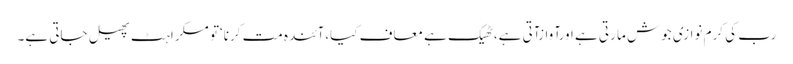
رب کی کرم نوازی جوش ما رتی ہے اورآوازآتی ہے،ٹھیک ہے معاف کیا،آئندہ مت کرنا‘تو مسکراہٹ پھیل جاتی ہے۔